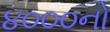
૪૦૦૦નો